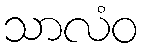
သာလံဝ